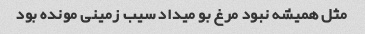
مثل همیشه نبود مرغ بو میداد سیب زمینی مونده بود